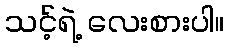
သင့်ရဲ့ လေးစားပါ။